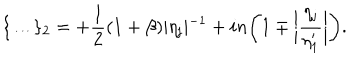
\{ \dots \} _ { 2 } = + \frac { 1 } { 2 } ( 1 + \beta ) \vert \eta _ { \mathrm { j } } \vert ^ { - 1 } + i n \biggl ( 1 \mp \biggl \vert \frac { \eta _ { \mathrm { j } } } { \eta _ { 1 } ^ { \prime } } \biggr \vert \biggr ) .